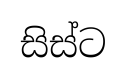
සිස්ට